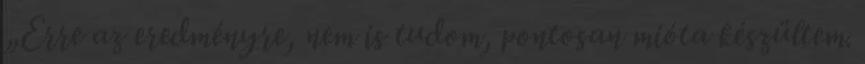
„Erre az eredményre, nem is tudom, pontosan mióta készültem.